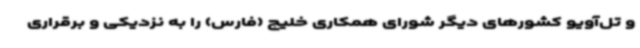
و تل‌آویو کشورهای دیگر شورای همکاری خلیج (فارس) را به نزدیکی و برقراری